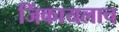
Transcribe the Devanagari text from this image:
जिंकायलाच